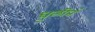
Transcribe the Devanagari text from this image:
धुळीनं